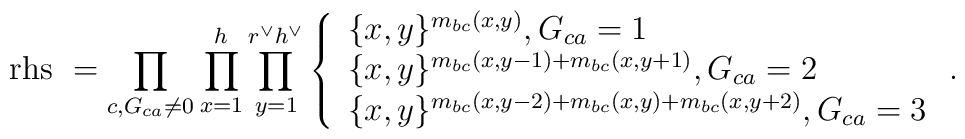
\mathrm{rhs\ }=\prod_{c, G_{ca}\neq 0}\prod_{x=1}^{h}\prod_{y=1}^{r^{\vee}h^{\vee}}\left\{\begin{array}{l}\{x,y\}^{m_{bc}(x,y)}, G_{ca}=1 \\\{x,y\}^{m_{bc}(x,y-1)+m_{bc}(x,y+1)}, G_{ca}=2 \\\{x,y\}^{m_{bc}(x,y-2)+m_{bc}(x,y)+m_{bc}(x,y+2)}, G_{ca}=3\end{array} \right. .